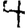
Digit: 4